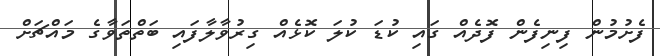
ފެށުމުން ފިނިފެން ފޮދެއް ގައި ކުޑަ ކުލަ ކޮޅެއް ގިރުވާލާފައި ބަތްތަވާގެ މައްޗަށް